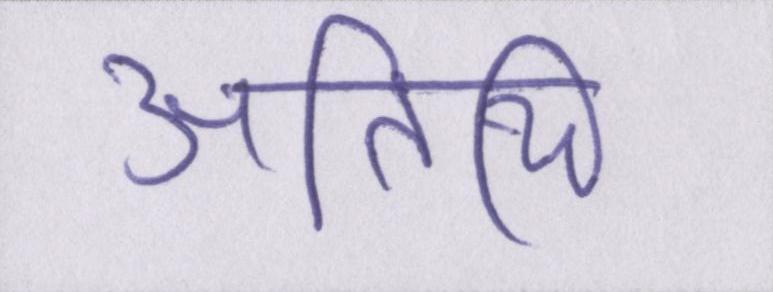
अतिथि